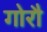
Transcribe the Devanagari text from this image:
गोरौ